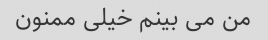
من می بینم خیلی ممنون